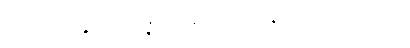
အတ္ထ-ဗျဉ္ဇနသမ္ပန္နံ၊ အနက်သဒ္ဒါနှင့် ပြည့်စုံသော။